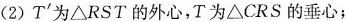
(2)T^{\prime}为\triangle RST的外心，T为\triangle CRS的垂心；